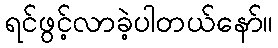
ရင်ဖွင့်လာခဲ့ပါတယ်နော်။